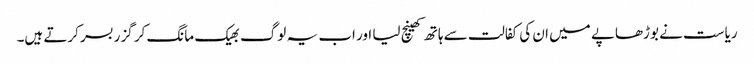
ریاست نے بوڑھاپے میں ان کی کفالت سے ہاتھ کھینچ لیا اور اب یہ لوگ بھیک مانگ کر گزر بسر کرتے ہیں۔